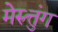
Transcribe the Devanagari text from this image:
मेरुत्तुंग